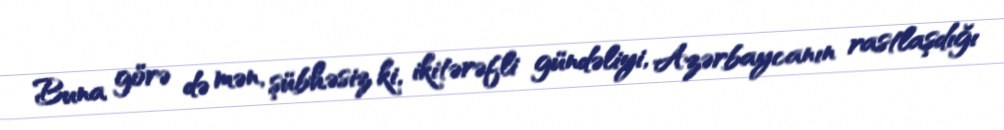
Buna görə də mən, şübhəsiz ki, ikitərəfli gündəliyi, Azərbaycanın rastlaşdığı